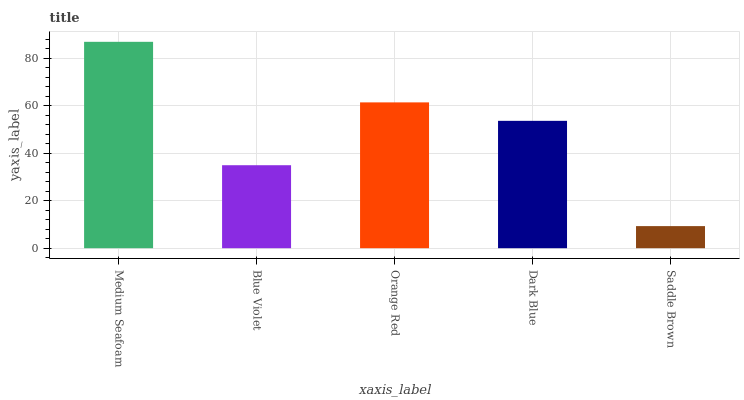
| xaxis_label | bars |
 | --- | --- |
 | Medium Seafoam | 87 |
 | Blue Violet | 35 |
 | Orange Red | 61.4 |
 | Dark Blue | 53.7 |
 | Saddle Brown | 9.31 |